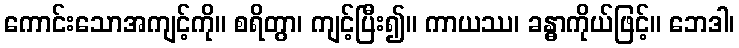
ကောင်းသောအကျင့်ကို။ စရိတွာ၊ ကျင့်ပြီး၍။ ကာယဿ၊ ခန္ဓာကိုယ်ဖြင့်။ ဘေဒါ၊